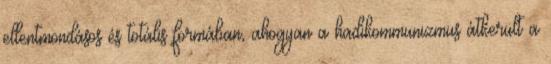
ellentmondásos és totális formában, ahogyan a hadikommunizmus átkerült a